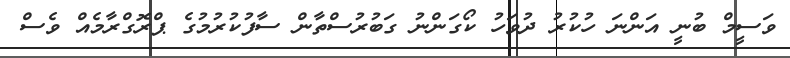
ވަސީމް ބުނީ އަންނަ ހުކުރު ދުވަހު ކޯގަންނު ގަބުރުސްތާން ސާފުކުރުމުގެ ޕްރޮގްރާމެއް ވެސް